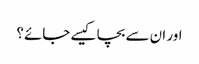
اور ان سے بچا کیسے جائے؟